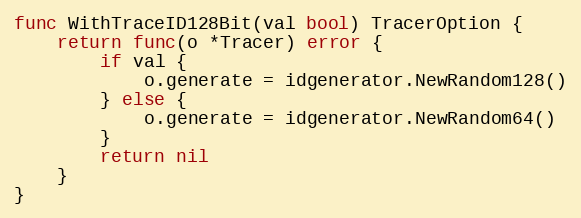
Language: Go
func WithTraceID128Bit(val bool) TracerOption {
	return func(o *Tracer) error {
		if val {
			o.generate = idgenerator.NewRandom128()
		} else {
			o.generate = idgenerator.NewRandom64()
		}
		return nil
	}
}